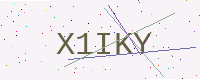
Text: X1IKY